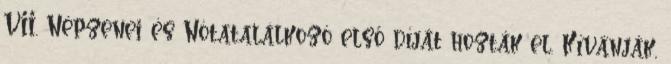
VII. Népzenei és Nótatalálkozó első díját hozták el. Kívánják,